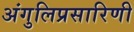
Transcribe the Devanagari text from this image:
अंगुलिप्रसारिणी